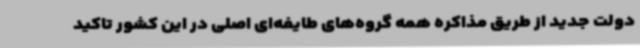
دولت جدید از طریق مذاکره همه گروه‌های طایفه‌ای اصلی در این کشور تاکید